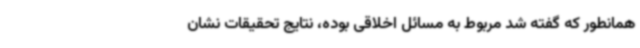
همانطور که گفته شد مربوط به مسائل اخلاقی بوده، نتایج تحقیقات نشان